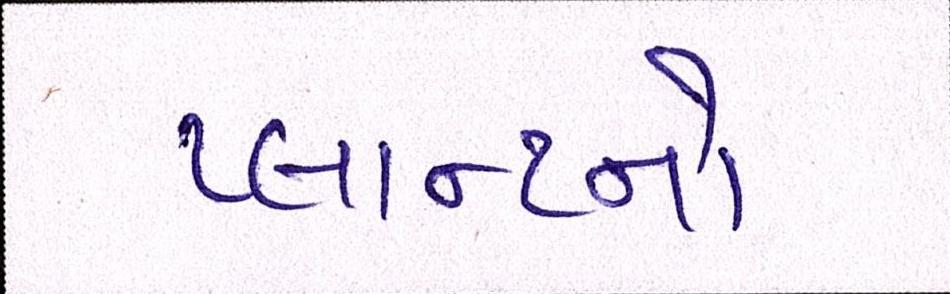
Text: પ્લાન્ટનો